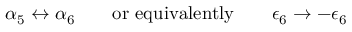
\alpha _ { 5 } \leftrightarrow \alpha _ { 6 } \quad \quad \mathrm { o r ~ e q u i v a l e n t l y } \quad \quad \epsilon _ { 6 } \rightarrow - \epsilon _ { 6 }